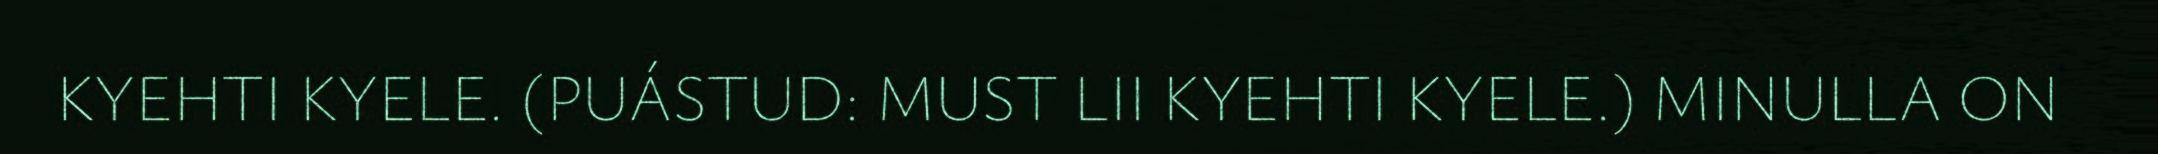
KYEHTI KYELE. (PUÁSTUD: MUST LII KYEHTI KYELE.) MINULLA ON